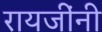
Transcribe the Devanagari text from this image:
रायजींनी